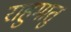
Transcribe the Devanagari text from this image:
राहुमातु